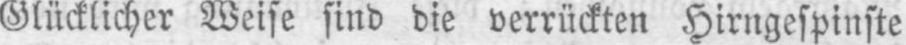
Glücklicher Weise sind die verrückten Hirngespinste